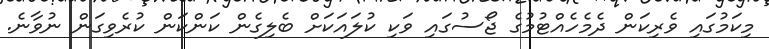
މިކަމުގައި ވެރިކަން ދެމެހެއްޓުމުގެ ޖޯސުގައި ވަކި ކުލައަކަށް ބެލިގެން ކަންކަން ކުރެވިގަން ނުވާނެ.